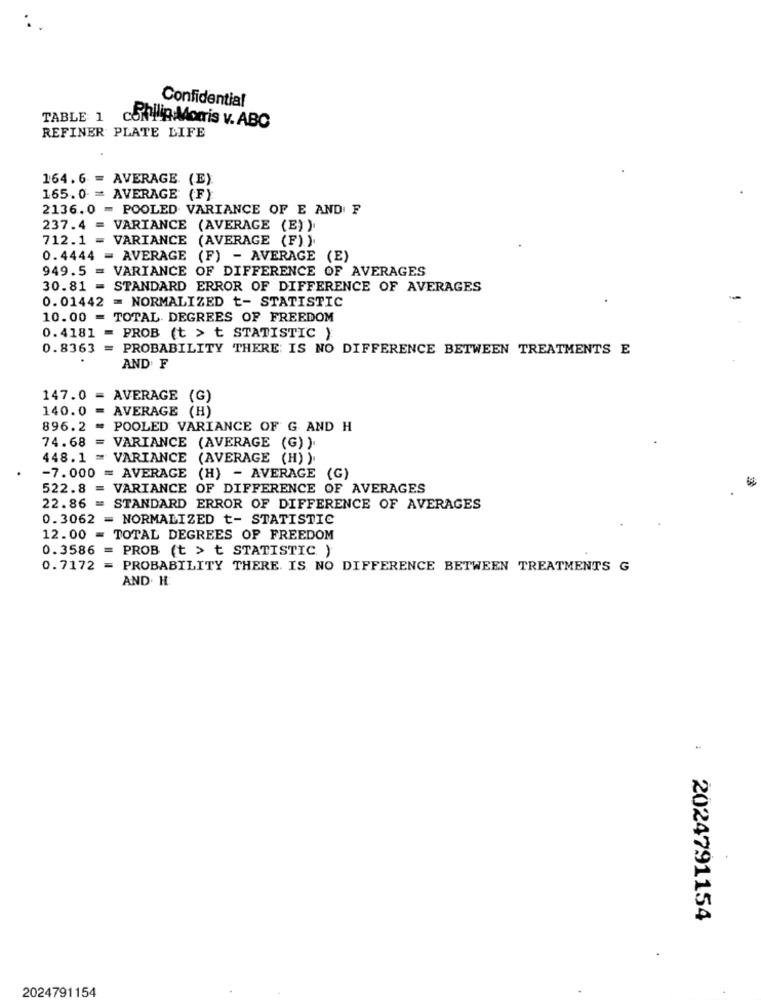
Confidential
TABLE 1
collin Morris v. ABC
REFINER PLATE LIFE
164.6 = AVERAGE (E)
165.0 = AVERAGE (F)
2136.0 - POOLED VARIANCE OF E AND F
237.4 = VARIANCE (AVERAGE (E) )
712.1 = VARIANCE (AVERAGE (F) )
0.4444 = AVERAGE (F) - AVERAGE (E)
949.5 = VARIANCE OF DIFFERENCE OF AVERAGES
30.81 = STANDARD ERROR OF DIFFERENCE OF AVERAGES
0.01442 = NORMALIZED t- STATISTIC
10.00 = TOTAL DEGREES OF FREEDOM
0.4181 = PROB (t > t STATISTIC )
0.8363 = PROBABILITY THERE IS NO DIFFERENCE BETWEEN TREATMENTS E
AND F
147.0 = AVERAGE (G)
140.0
AVERAGE (H)
896.2 -
POOLED VARIANCE OF G AND H
74.68 = VARIANCE (AVERAGE (G) )
448.1 = VARIANCE (AVERAGE (H) ).
-7.000 = AVERAGE (H) - AVERAGE (G)
522.8 = VARIANCE OF DIFFERENCE OF AVERAGES
22.86 = STANDARD ERROR OF DIFFERENCE OF AVERAGES
0.3062 = NORMALIZED t- STATISTIC
12.00 = TOTAL DEGREES OF FREEDOM
0.3586 = PROB (t > t STATISTIC )
0.7172 = PROBABILITY THERE IS NO DIFFERENCE BETWEEN TREATMENTS G
AND. H.
: 2024791154
2024791154